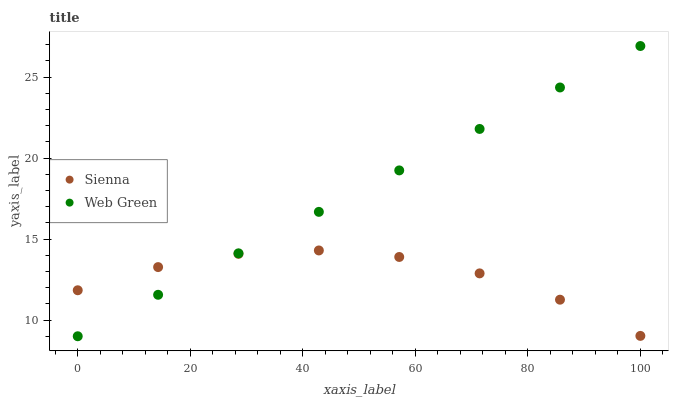
| xaxis_label | Sienna | Web Green |
 | --- | --- | --- |
 | 0 | 11.8 | 9 |
 | 14.3 | 13.3 | 11.6 |
 | 28.6 | 14.1 | 14.1 |
 | 42.9 | 14.3 | 16.7 |
 | 57.1 | 13.9 | 19.2 |
 | 71.4 | 12.9 | 21.8 |
 | 85.7 | 11.3 | 24.4 |
 | 100 | 9.02 | 26.9 |